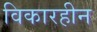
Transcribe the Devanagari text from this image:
विकारहीन